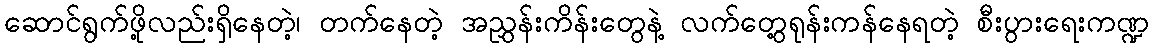
ဆောင်ရွက်ဖို့လည်းရှိနေတဲ့၊ တက်နေတဲ့ အညွှန်းကိန်းတွေနဲ့ လက်တွေ့ရုန်းကန်နေရတဲ့ စီးပွားရေးကဏ္ဍ